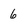
Character: 6